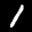
Label: 1